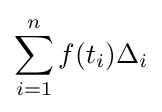
\sum _{i=1}^{n}f(t_{i})\Delta _{i}